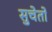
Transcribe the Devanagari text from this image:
सुचेतो